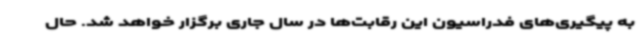
به پیگیری‌های فدراسیون این رقابت‌ها در سال جاری برگزار خواهد شد. حال